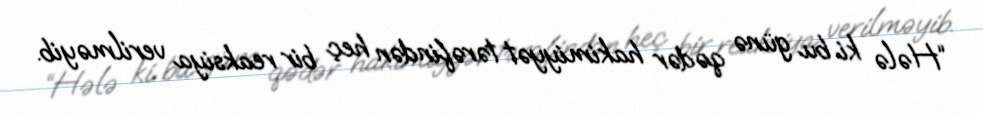
“Hələ ki bu günə qədər hakimiyyət tərəfindən heç bir reaksiya verilməyib.